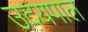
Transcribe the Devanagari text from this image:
उदयपाल